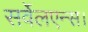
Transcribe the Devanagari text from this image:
सर्वेलएन्स।